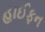
હાઈફન